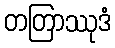
တတြာဿုဒံ